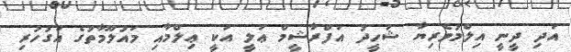
އަދި ދީނީ އިލްމުވެރިޔާ ޝަހީދު އަފްރާޝީމް ޢަލީ އަކީ ޢިލްމާއި މައުލޫމާތުގެ އަގުހުރި